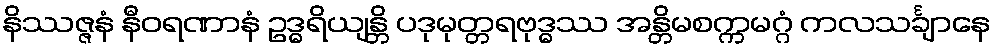
နိဿဇ္ဇနံ နီဝရဏာနံ ဥဒ္ဓရိယျန္တိ ပဒုမုတ္တရဗုဒ္ဓဿ အန္တိမစက္ကမဂ္ဂံ ကလသင်္ချာနေ